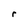
Character: r